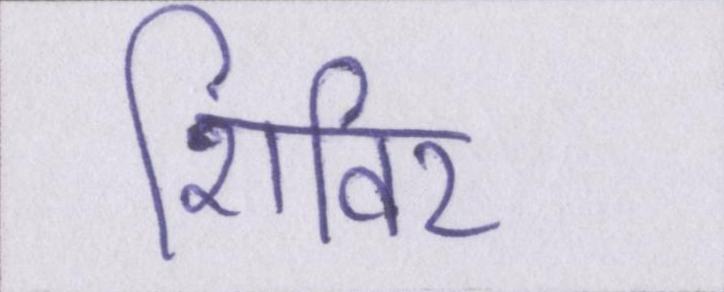
शिविर